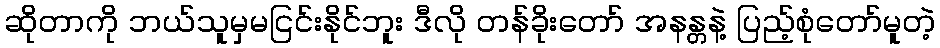
ဆိုတာကို ဘယ်သူမှမငြင်းနိုင်ဘူး ဒီလို တန်ခိုးတော် အနန္တနဲ့ ပြည့်စုံတော်မူတဲ့